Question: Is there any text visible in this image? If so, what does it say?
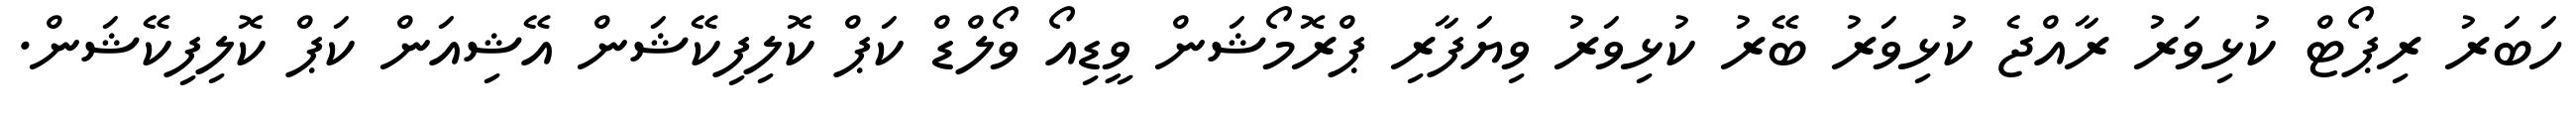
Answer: ހަބަރު ރިޕޯޓް ކުޅިވަރު ރާއްޖެ ކުޅިވަރު ބޭރު ކުޅިވަރު ވިޔަފާރި ޕްރޮމޯޝަން ވީޑިއޯ ވޯލްޑް ކަޕް ކޮލިފިކޭޝަން އޭޝިއަން ކަޕް ކޮލިފިކޭޝަން.